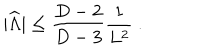
LaTeX: | { \widehat \Lambda } | \leq { \frac { D - 2 } { D - 3 } } { \frac { 1 } { L ^ { 2 } } } ~ .